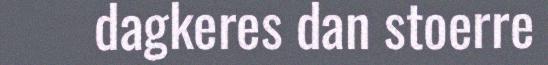
dagkeres dan stoerre